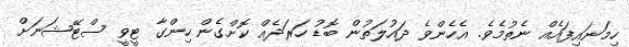
ހިމަނައިފައެއް ނެތުމެވެ. އެހެންވެ ދައުލަތުން ބޮޑު ހަރަދެއް ކޮށްގެން ހިންގާ ޓީވީ ސްޓޭޝަނަށް